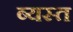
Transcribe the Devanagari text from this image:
ब्यस्त